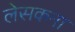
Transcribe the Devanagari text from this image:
लेसकना